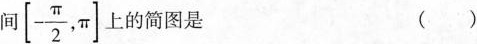
间\left[- \frac{\pi}{2}, \pi \right] 上的简图是 ()